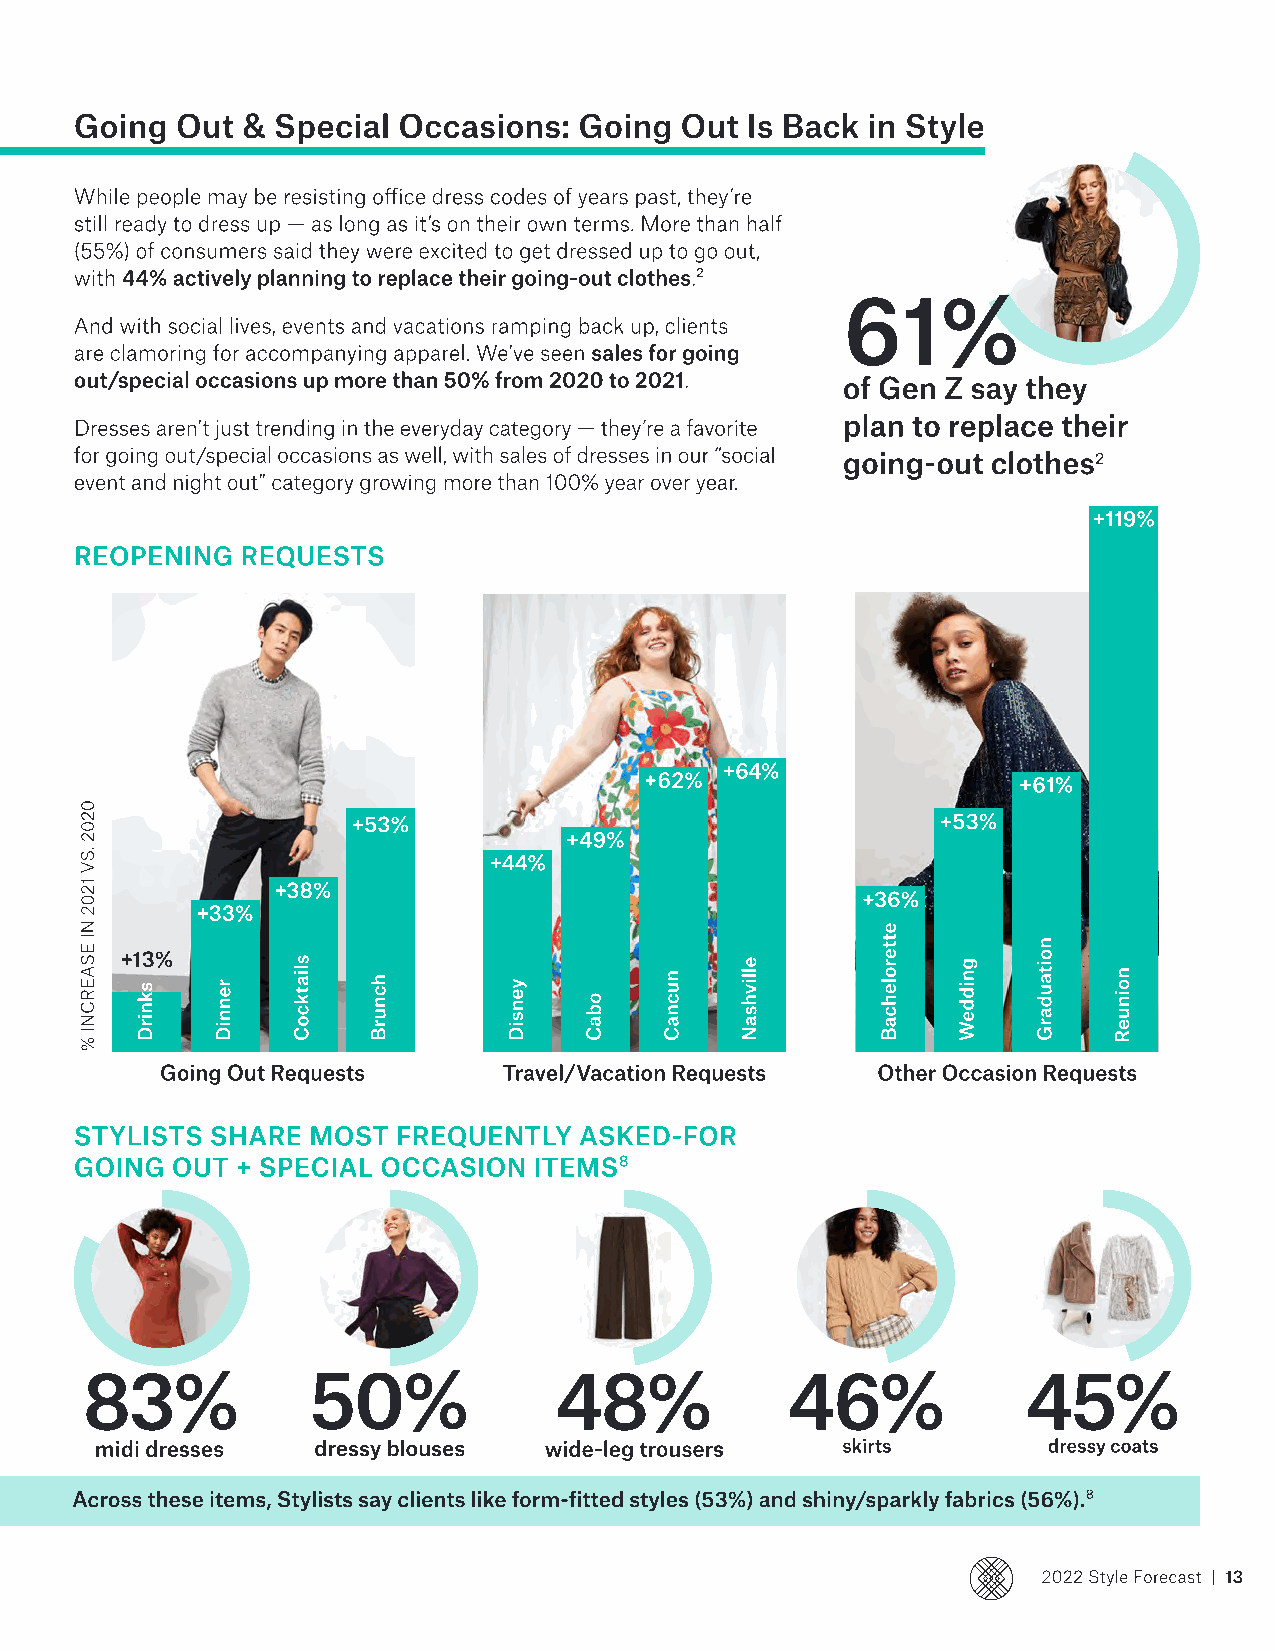
Going  Out & Special Occasions:  Going  Out Is Back in Style
 While people may be resisting office dress codes of years past, they’re
 still ready to dress up — as long as it’s on their own terms. More than half
 (55%) of consumers said they were excited to get dressed up to go out,
 with 44% actively planning to replace their going-out clothes.2
 61%
 And with social lives, events and vacations ramping back up, clients
 are clamoring for accompanying apparel. We’ve seen sales for going
 out/special occasions up more than 50% from 2020 to 2021.
 of Gen Z say they
 plan to replace their
 Dresses aren’t just trending in the everyday category — they’re a favorite
 for going out/special occasions as well, with sales of dresses in our “social going-out clothes2
 event and night out” category growing more than 100% year over year.
 +119%
 reopening  requests
 +64%
 +62%                    +61%
 +53%                                   +53%
 +49%
 +44%
 +38%
 +36%
 +33%
 +13%
 Going Out Requests    Travel/Vacation Requests Other Occasion Requests
 STYLISTS SHARE Most  frequently  asked-for
 going out  + special occasion items8
 83%            50%              48%            46%             45%
 midi dresses   dressy blouses wide-leg trousers   skirts       dressy coats
 Across these items, Stylists say clients like form-fitted styles (53%) and shiny/sparkly fabrics (56%).8
 2022 Style Forecast | 13
 0202
 .sv
 1202
 ni
 esaercnI
 %
 sknirD renniD
 sliatkcoC
 hcnurB   yensiD
 obaC
 nucnaC
 ellivhsaN
 etterolehcaB
 gniddeW
 noitaudarG
 noinueR